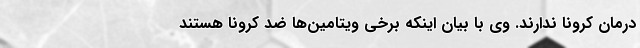
درمان کرونا ندارند. وی با بیان اینکه برخی ویتامین‌ها ضد کرونا هستند